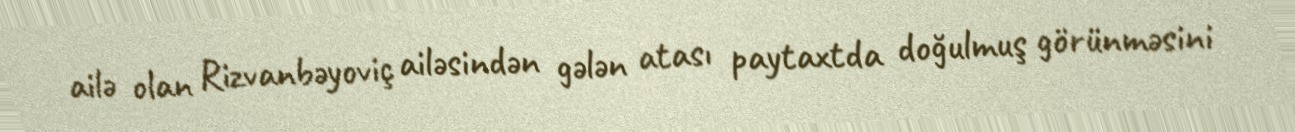
ailə olan Rizvanbəyoviç ailəsindən gələn atası paytaxtda doğulmuş görünməsini